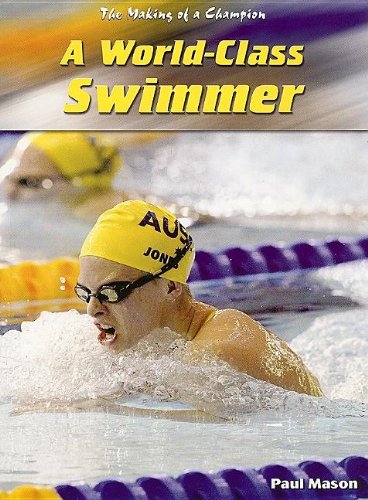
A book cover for A World-Class Swimmer (Making of a Champion); Paul Mason; Health, Fitness & Dieting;